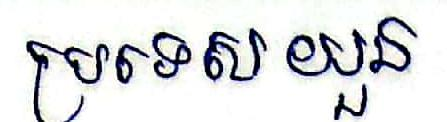
ប្រទេសយួន